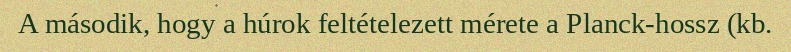
A második, hogy a húrok feltételezett mérete a Planck-hossz (kb.